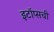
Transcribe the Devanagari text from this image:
इटॉप्सची